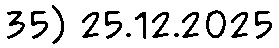
35) 25.12.2025